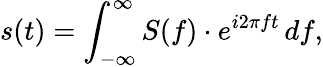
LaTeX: s(t)=\int_{-\infty}^{\infty}S(f)\cdot e^{i2\pi ft}\, df,